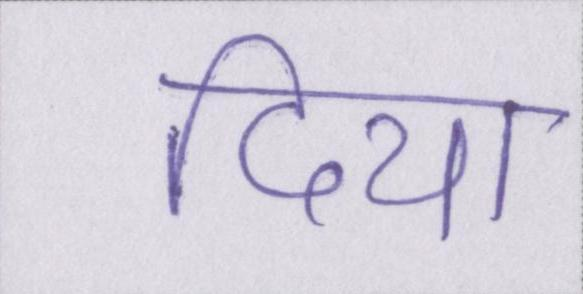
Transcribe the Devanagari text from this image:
दिया